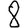
Digit: 8